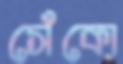
সেঁকো